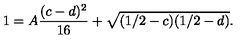
1 = A \frac { ( c - d ) ^ { 2 } } { 1 6 } + \sqrt { ( 1 / 2 - c ) ( 1 / 2 - d ) } .